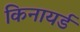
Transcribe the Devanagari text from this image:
किनायर्ड